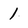
Character: 1